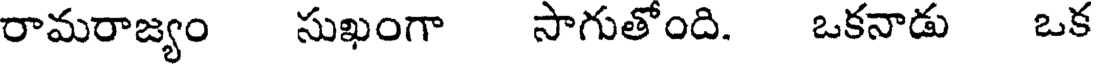
రామరాజ్యం సుఖంగా సాగుతోంది. ఒకనాడు ఒక